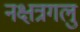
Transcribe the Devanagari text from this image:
नक्षत्रगलु